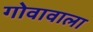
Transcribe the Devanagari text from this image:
गोवावाला